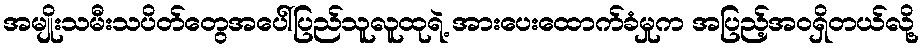
အမျိုးသမီးသပိတ်တွေအပေါ်ပြည်သူလူထုရဲ့ အားပေးထောက်ခံမှုက အပြည့်အဝရှိတယ်လို့